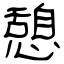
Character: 憩